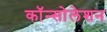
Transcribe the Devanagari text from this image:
कॉन्सोलेशन